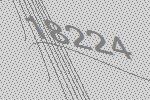
18224